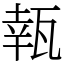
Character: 㼬